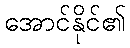
အောင်နိုင်၏